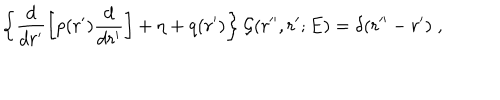
\left\{ \frac { d } { d r ^ { \prime } } \left[ p ( r ^ { \prime } ) \frac { d } { d r ^ { \prime } } \right] + \eta + q ( r ^ { \prime } ) \right\} { \mathcal G } ( r ^ { \prime \prime } , r ^ { \prime } ; E ) = \delta ( r ^ { \prime \prime } - r ^ { \prime } ) \; ,